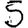
Digit: 5